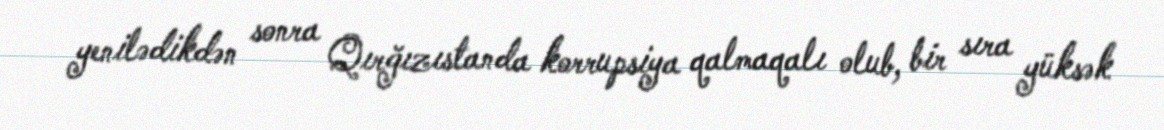
yenilədikdən sonra Qırğızıstanda korrupsiya qalmaqalı olub, bir sıra yüksək